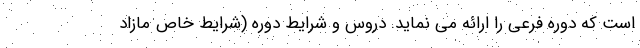
است که دوره فرعی را ارائه می نماید. دروس و شرایط دوره (شرایط خاص مازاد